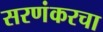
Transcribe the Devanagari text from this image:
सरणंकरचा